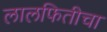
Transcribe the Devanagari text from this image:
लालफितीचा